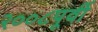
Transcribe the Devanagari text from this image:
२००८पूर्वी